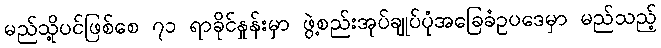
မည်သို့ပင်ဖြစ်စေ ၇၁ ရာခိုင်နှုန်းမှာ ဖွဲ့စည်းအုပ်ချုပ်ပုံအခြေခံဥပဒေမှာ မည်သည့်